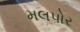
મલપોર